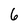
Character: 6